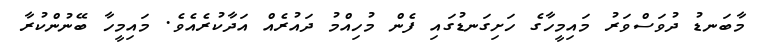
މާބަނޑު ދުވަސްވަރު މައިމީހާގެ ހަށިގަނޑުގައި ފެން މުހިއްމު ދައުރެއް އަދާކުރެއެވެ. މައިމީހާ ބޭނުންކުރާ